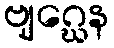
ဗျဂ္ဃေန